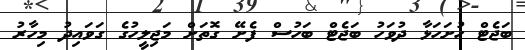
ބަޖެޓް ހުށަހަޅާ ދުވަހު ބަޖެޓް ބަހުސް ފެށޭ ގޮތަށް މަޖިލީހުގެ ގަވައިދު މިހާރު